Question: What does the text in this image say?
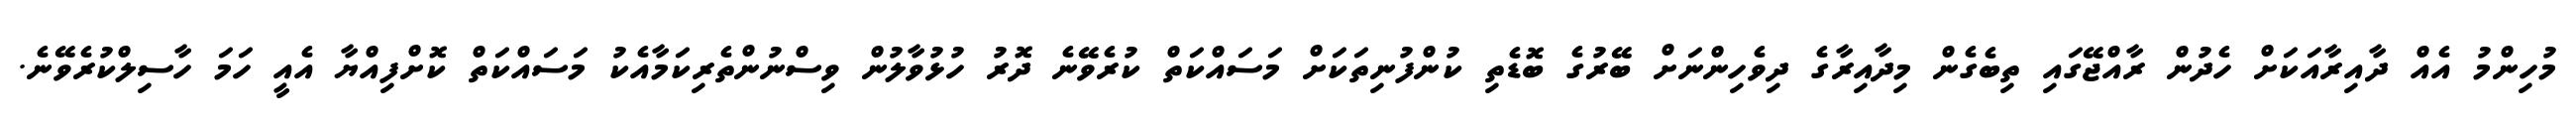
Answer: މުހިންމު އެއް ދާއިރާއަކަށް ހެދުން ރާއްޖޭގައި ތިބެގެން މިދާއިރާގެ ދިވެހިންނަށް ބޭރުގެ ބޮޑެތި ކުންފުނިތަކަށް މަސައްކަތް ކުރެވޭނެ ދޮރު ހުޅުވާލުން ވިސްނުންތެރިކަމާއެކު މަސައްކަތް ކޮށްފިއްޔާ އެއީ ހަމަ ހާސިލްކުރެވޭނެ.